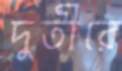
দুতীরে